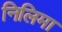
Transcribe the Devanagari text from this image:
निलिमा